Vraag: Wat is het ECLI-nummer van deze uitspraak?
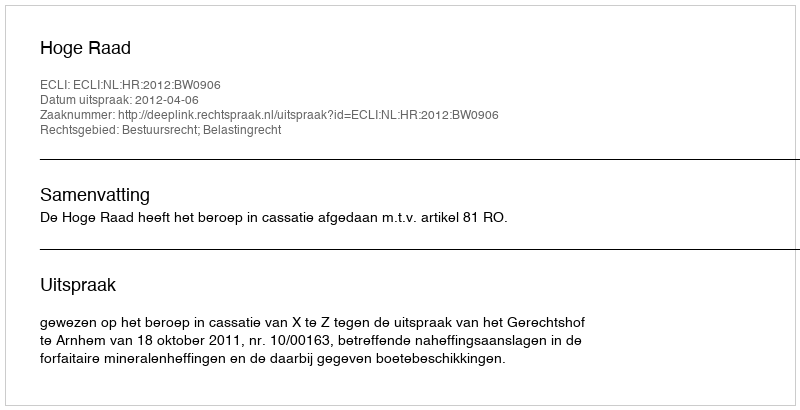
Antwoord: ECLI:NL:HR:2012:BW0906